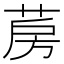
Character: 𦲏